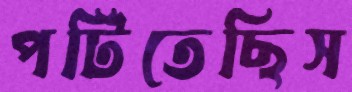
পটিতেছিস